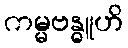
ကမ္မဗန္ဓူဟိ